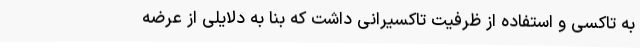
به تاکسی و استفاده از ظرفیت تاکسیرانی داشت که بنا به دلایلی از عرضه